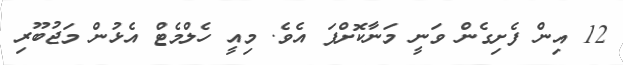
12 އިން ފެށިގެން ވަނީ މަނާކޮށްފަ އެވެ. މިއީ ހެލްމެޓް އެޅުން މަޖުބޫރި